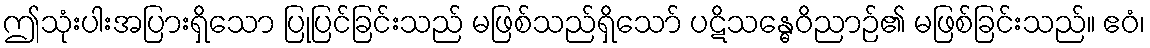
ဤသုံးပါးအပြားရှိသော ပြုပြင်ခြင်းသည် မဖြစ်သည်ရှိသော် ပဋိသန္ဓေဝိညာဉ်၏ မဖြစ်ခြင်းသည်။ ဧဝံ၊